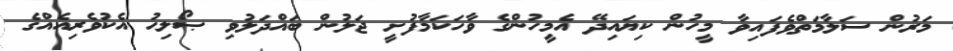
މަރުން ސަލާމަތްވެފައިވާ މީހުން ކިޔައިދޭ އެމީހުންގެ ވާހަކަމާފުށީ ޖަލުން ބައްދަލުވި ޞޯލިޙު އެކުވެރިއެއްގެ